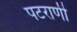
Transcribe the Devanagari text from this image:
पटराणी